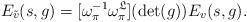
LaTeX: \begin{align*}E_{\tilde{v}}(s,g) = [\omega_{\pi}^{-1}\omega_{\pi}^{\mathfrak{L}}](\det(g))E_{v}(s,g). \end{align*}